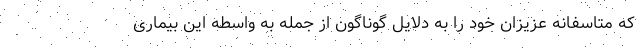
که متاسفانه عزیزان خود را به دلایل گوناگون از جمله به واسطه این بیماری